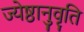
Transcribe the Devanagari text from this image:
ज्येष्ठानुवृति